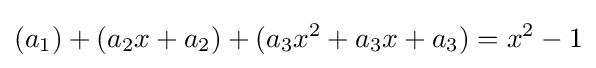
(a_{1})+(a_{2}x+a_{2})+(a_{3}x^{2}+a_{3}x+a_{3})=x^{2}-1